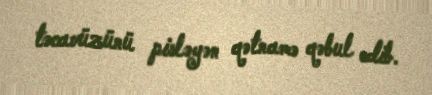
təcavüzünü pisləyən qətnamə qəbul edib.